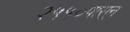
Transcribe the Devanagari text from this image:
२५५०पासून